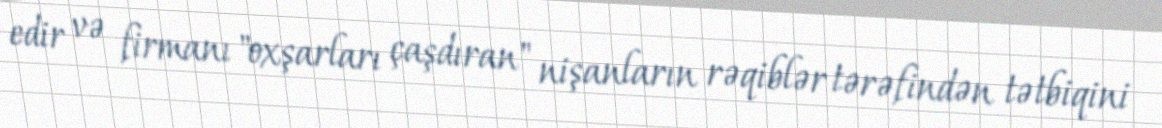
edir və firmanı "oxşarları çaşdıran" nişanların rəqiblər tərəfindən tətbiqini